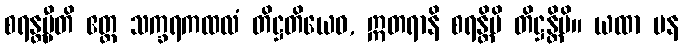
စရန္တမ္ပီတိ ဧတ္ထ သက္ခရကထလံ တိဋ္ဌတိယေဝ, ဣတရာနိ စရန္တိပိ တိဋ္ဌန္တိပိ။ ယထာ ပန